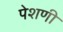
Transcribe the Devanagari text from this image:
पेशणी